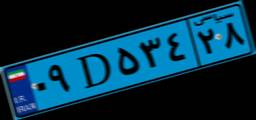
۷۱D۳۳۳۲۰